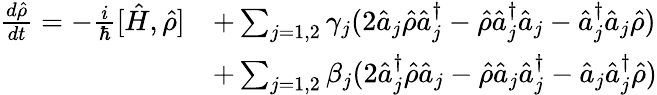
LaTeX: \begin{array}{rl}{\frac{d\hat{\rho}}{dt}=-\frac{i}{\hbar}[\hat{H},\hat{\rho}]}&{+\sum_{j=1,2}\gamma_{j}(2\hat{a}_{j}\hat{\rho}\hat{a}_{j}^{\dagger}-\hat{\rho}\hat{a}_{j}^{\dagger}\hat{a}_{j}-\hat{a}_{j}^{\dagger}\hat{a}_{j}\hat{\rho})}\\ &{+\sum_{j=1,2}\beta_{j}(2\hat{a}_{j}^{\dagger}\hat{\rho}\hat{a}_{j}-\hat{\rho}\hat{a}_{j}\hat{a}_{j}^{\dagger}-\hat{a}_{j}\hat{a}_{j}^{\dagger}\hat{\rho})}\end{array}